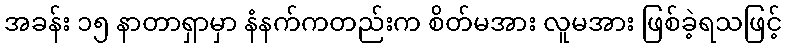
အခန်း ၁၅ နာတာရှာမှာ နံနက်ကတည်းက စိတ်မအား လူမအား ဖြစ်ခဲ့ရသဖြင့်